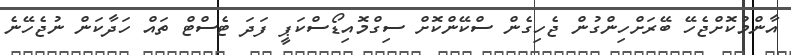
އާންމުކޮށްޖެހޭ ބޭރަށްހިންގުން ޖެހިގެން ސްކޭންކޮށް ސިގްމޮއިޑޯސްކަޕީ ފަދަ ޓެސްޓް ތައް ހަދާކަން ނުޖެހޭނެ